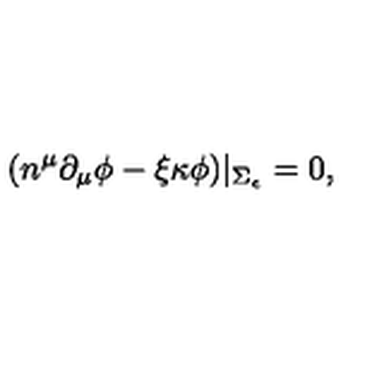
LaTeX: ( n ^ { \mu } \partial _ { \mu } \phi - \xi \kappa \phi ) | _ { \Sigma _ { \epsilon } } = 0 ,